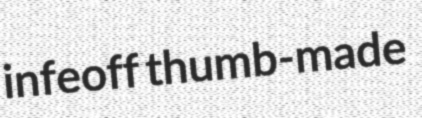
infeoff thumb-made